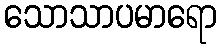
သောသာပမာရော